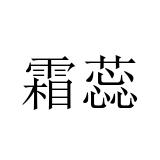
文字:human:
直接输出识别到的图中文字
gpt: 霜蕊